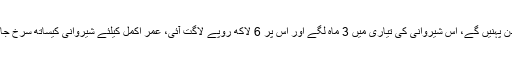
کالے اور گولڈن رنگ کی چیتا پرنٹ والی فینسی شیروانی جسے عمر اکمل بارات والے دن پہنیں گے، اس شیروانی کی تیاری میں 3 ماہ لگے اور اس پر 6 لاکھ روپے لاگت آئی، عمر اکمل کیلئے شیروانی کیساتھ سرخ جامہ وار کی نگینوں والی پگڑی اور گولڈن کام والا کالا مخملی کھسہ بھی تیار کیا گیا ہے۔